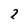
Character: 2